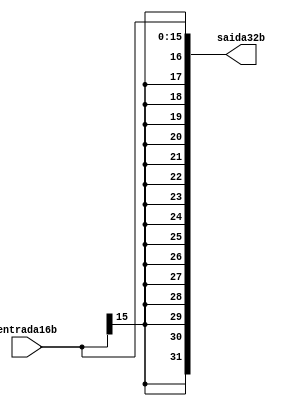
module ExtensorSinal(entrada16b,saida32b);

    input wire [15:0] entrada16b;
    output wire [31:0] saida32b;
    
    // Faz a extenso para 32 bits
    assign saida32b = {{16{entrada16b[15]}},entrada16b}; 

endmodule